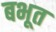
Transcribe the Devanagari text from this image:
बभूत